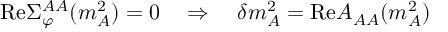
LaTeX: \mathrm { R e } \Sigma _ { \varphi } ^ { A A } ( m _ { A } ^ { 2 } ) = 0 \quad \Rightarrow \quad \delta m _ { A } ^ { 2 } = \mathrm { R e } A _ { A A } ( m _ { A } ^ { 2 } )